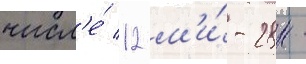
числ'е́ 12 м'и́-28н -